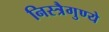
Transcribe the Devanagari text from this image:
निस्त्रैगुण्ये